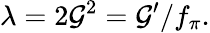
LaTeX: \lambda=2\mathcal{G}^{2}=\mathcal{G}^{\prime}/f_{\pi}.